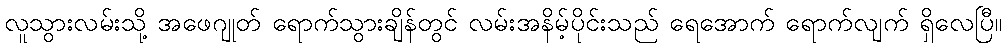
လူသွားလမ်းသို့ အဖေဂျုတ် ရောက်သွားချိန်တွင် လမ်းအနိမ့်ပိုင်းသည် ရေအောက် ရောက်လျက် ရှိလေပြီ။